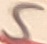
Text: 5